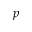
p